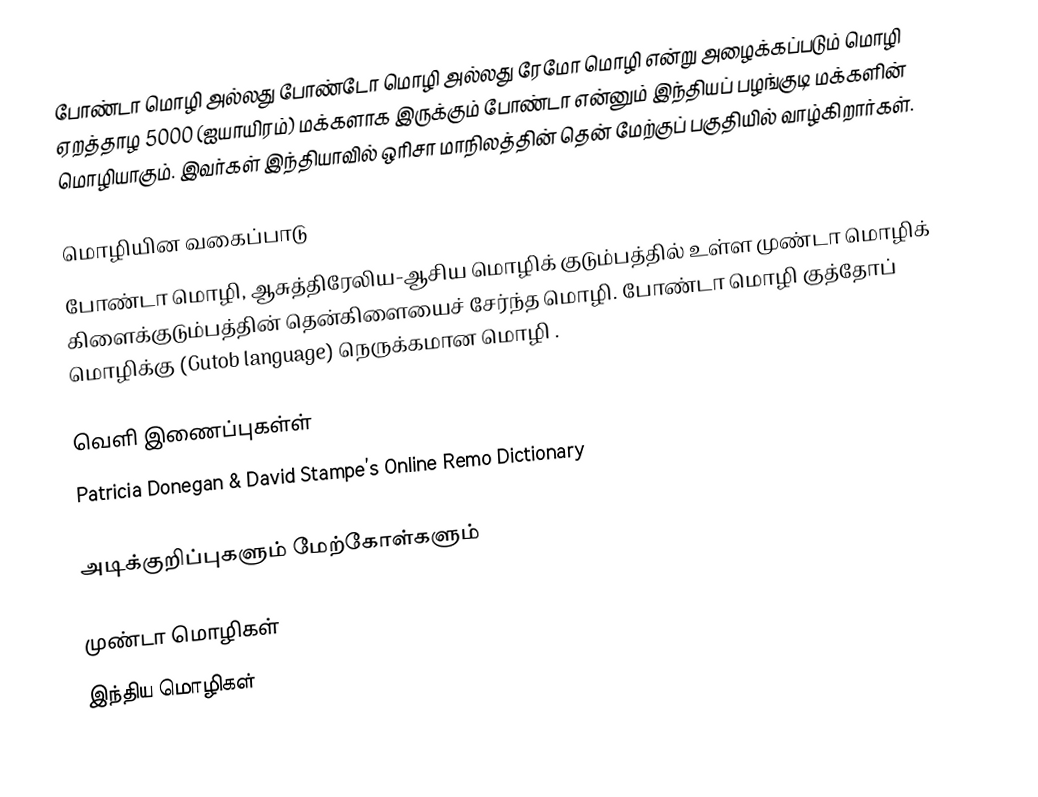
போண்டா மொழி அல்லது போண்டோ மொழி அல்லது ரேமோ மொழி என்று அழைக்கப்படும் மொழி ஏறத்தாழ 5000 (ஐயாயிரம்) மக்களாக இருக்கும் போண்டா என்னும் இந்தியப் பழங்குடி மக்களின் மொழியாகும். இவர்கள் இந்தியாவில் ஒரிசா மாநிலத்தின் தென் மேற்குப் பகுதியில் வாழ்கிறார்கள்.

மொழியின வகைப்பாடு
போண்டா மொழி, ஆசுத்திரேலிய-ஆசிய மொழிக் குடும்பத்தில் உள்ள முண்டா மொழிக் கிளைக்குடும்பத்தின் தென்கிளையைச் சேர்ந்த மொழி. போண்டா மொழி குத்தோப் மொழிக்கு (Gutob language) நெருக்கமான மொழி .

வெளி இணைப்புகள்ள்
Patricia Donegan & David Stampe’s Online Remo Dictionary

அடிக்குறிப்புகளும் மேற்கோள்களும்

முண்டா மொழிகள்
இந்திய மொழிகள்